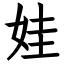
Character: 娃